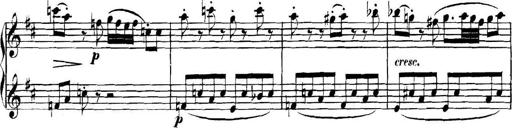
Title: Collected Piano Sonatas
Composer: Muzio Clementi